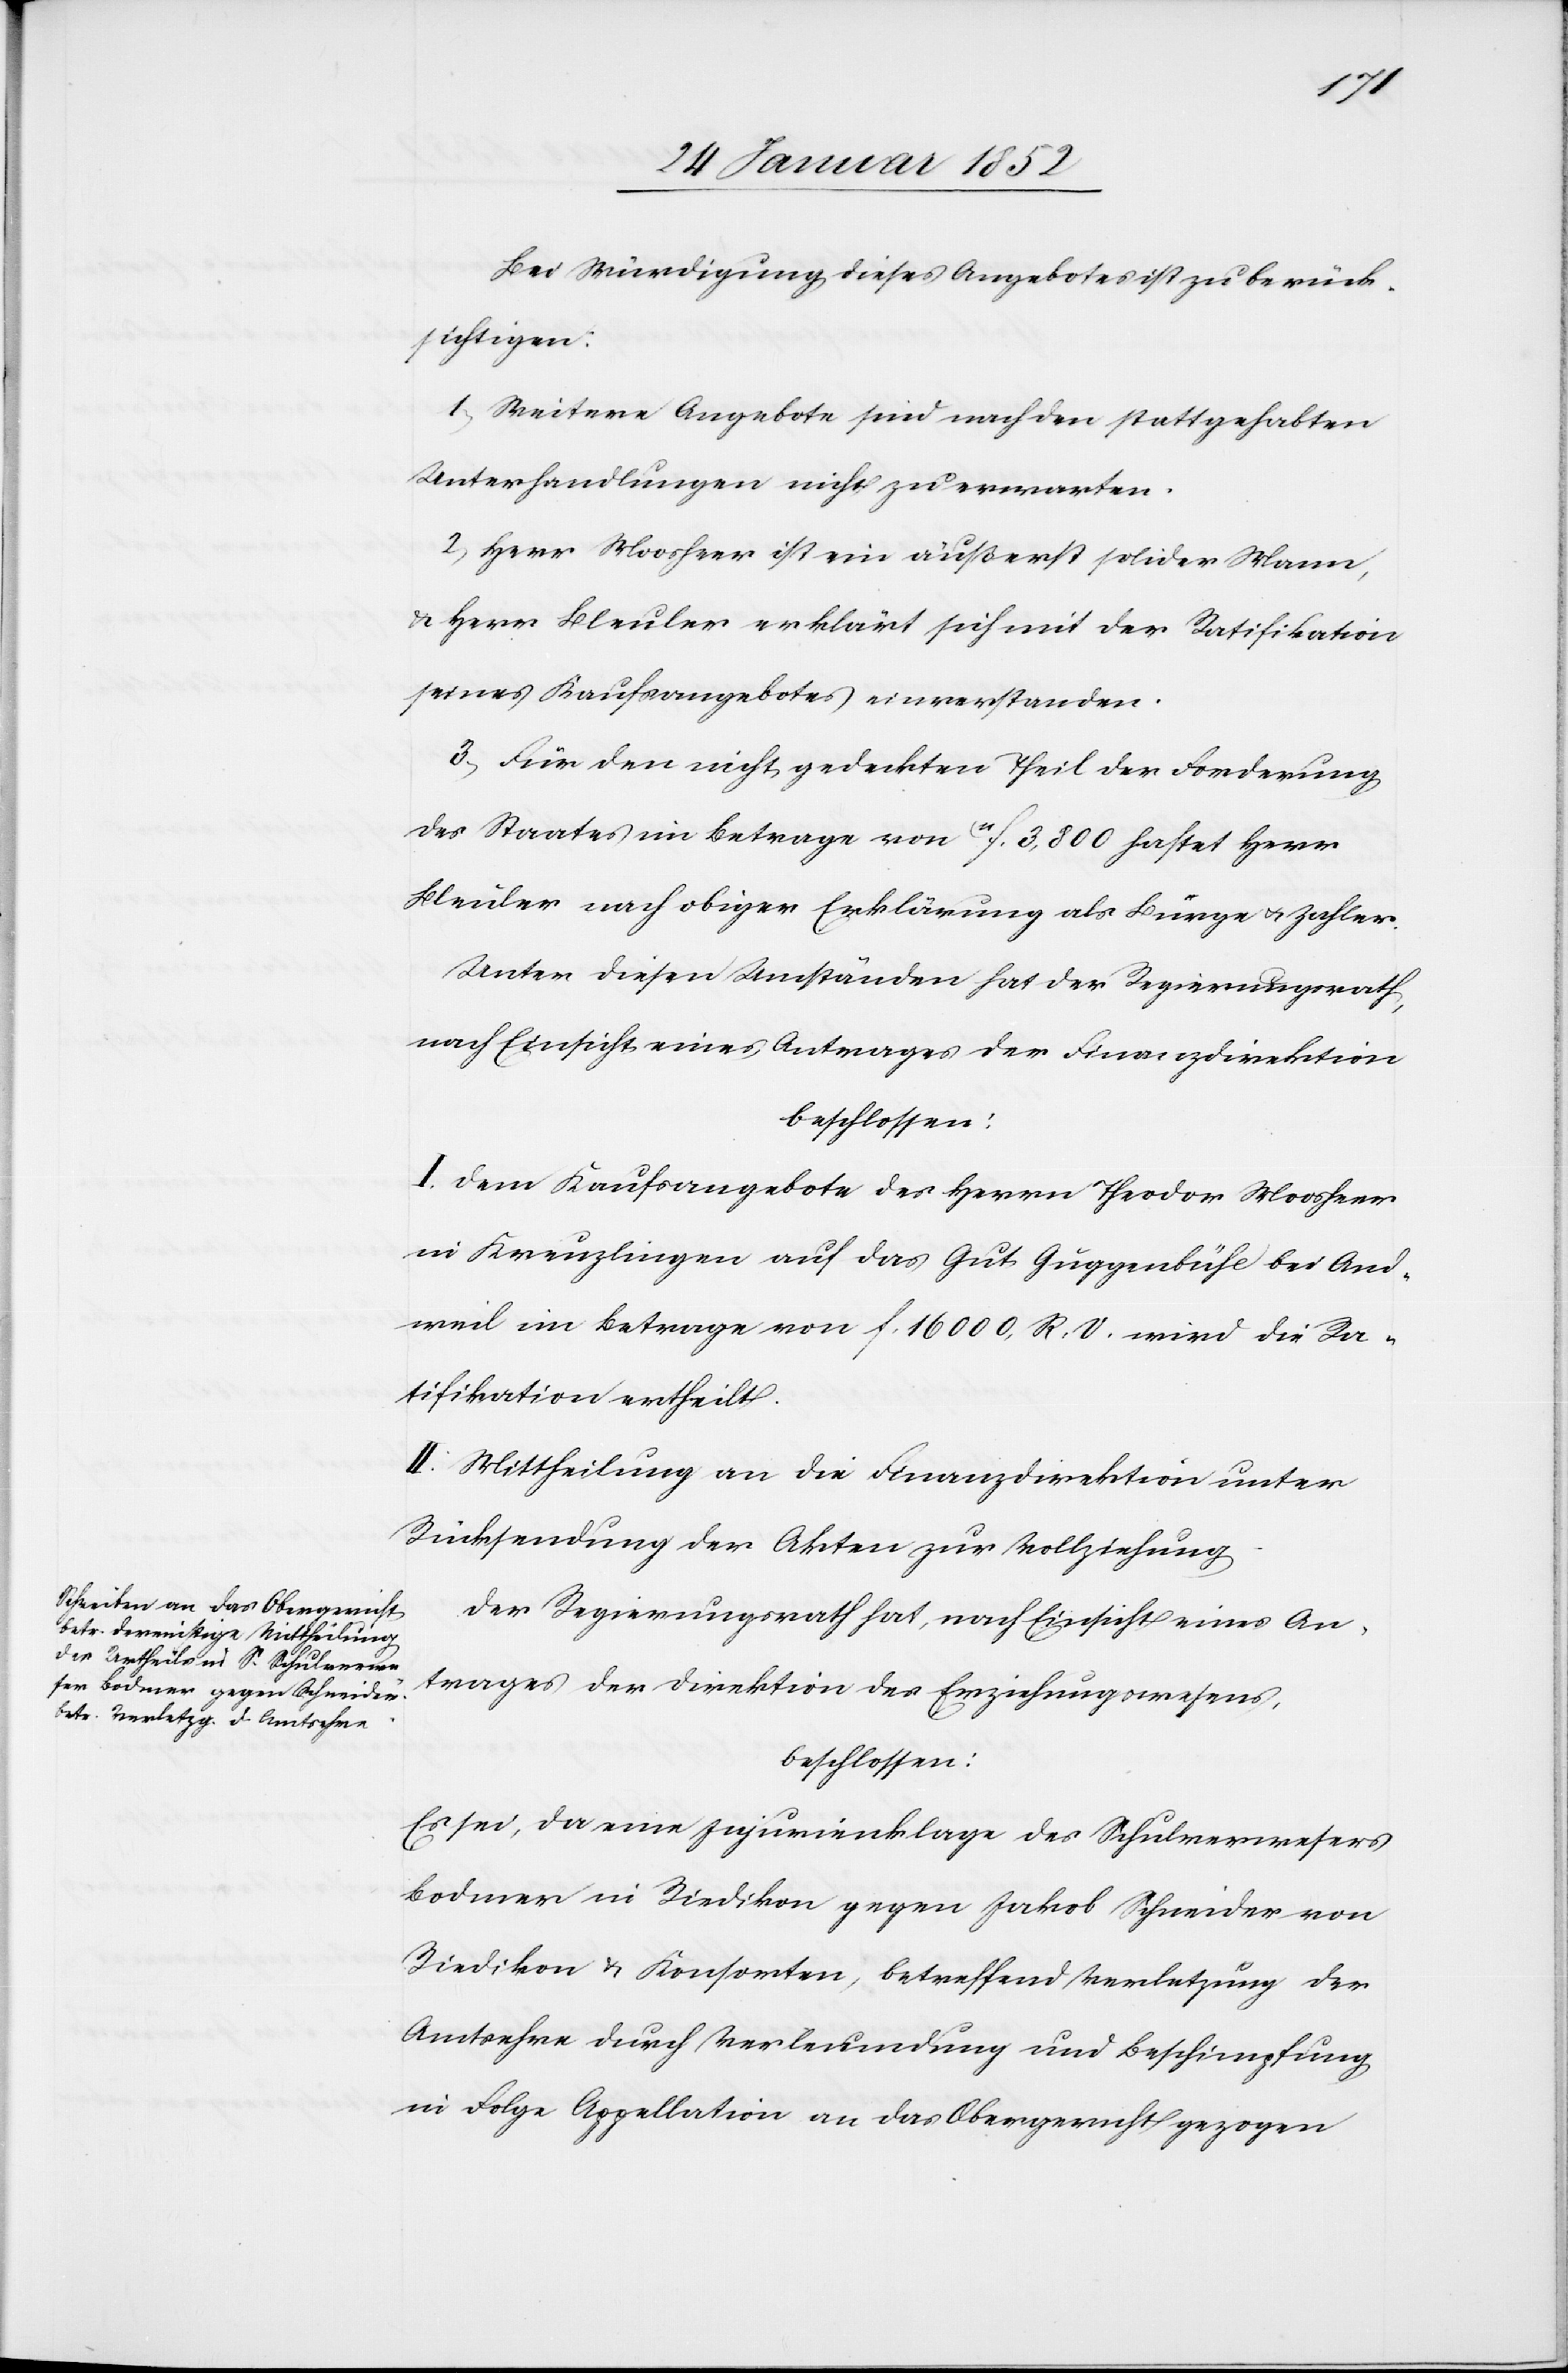
Bei Würdigung dieses Angebotes ist zu berück¬
sichtigen:
1) Weitere Angebote sind nach den stattgehabten
Unterhandlungen nicht zu erwarten.
2) Herr Moosheer ist ein äußerst solider Mann,
u. Herr Bleuler erklärt sich mit der Ratifikation
seines Kaufangebotes einverstanden.
3) Für den nicht gedeckten Teil der Forderung
des Staates im Betrage von 11f. 3,800 haftet Herr
Bleuler nach obiger Erklärung als Bürge u. Zahler.
Unter diesen Umständen hat der Regierungsrath,
nach Einsicht eines Antrages der Finanzdirektion
beschlossen:
I. Dem Kaufangebote des Herrn Theodor Moosheer
in Kreuzlingen auf das Gut Guggenbühl bei And¬
weil im Betrage von f. 16000. R. V. wird die Ra¬
tifikation ertheilt.
II. Mittheilung an die Finanzdirektion unter
Rücksendung der Akten zur Vollziehung.
Der Regierungsrath hat, nach Einsicht eines An¬
trages der Direktion des Erziehungswesens,
beschlossen:
Es sei, da eine Injurienklage des Schulverwesers
Bodmer in Riedikon gegen Jakob Schneider von
Riedikon u. Konsorten, betreffend Verletzung der
Amtsehre durch Verleumdung und Beschimpfung
in Folge Appellation an das Obergericht gezogen